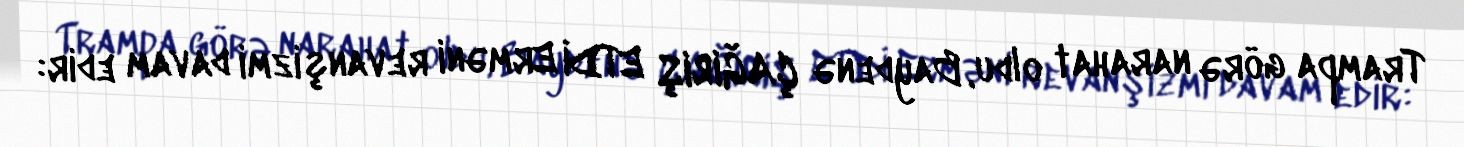
Trampa görə narahat oldu, Baydenə ÇAĞIRIŞ ETDİ Erməni revanşizmi davam edir: